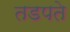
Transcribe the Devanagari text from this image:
तडपते